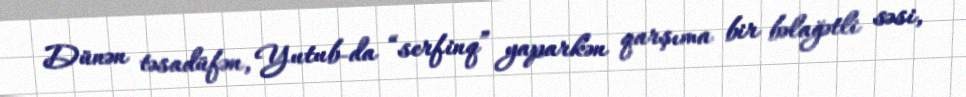
Dünən təsadüfən, Yutub-da “serfinq” yaparkən qarşıma bir bəlağətli səsi,